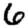
Digit: 6